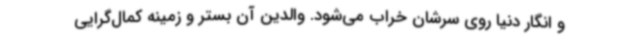
و انگار دنیا روی سرشان خراب می‌شود. والدین آن بستر و زمینه کمال‌گرایی